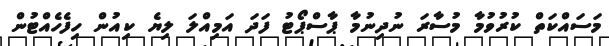
މަސައްކަތް ކުރުވުމާ މުސާރަ ނުދިނުމާ ޕާސްޕޯޓު ފަދަ އަމިއްލަ ލިޔެ ކިއުން ހިފެހެއްޓުން